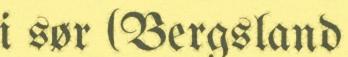
i sør (Bergsland